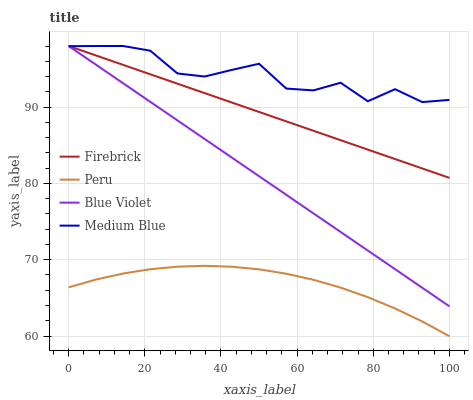
| xaxis_label | Firebrick | Peru | Blue Violet | Medium Blue |
 | --- | --- | --- | --- | --- |
 | 0 | 98 | 66.4 | 98 | 98 |
 | 7.14 | 96.8 | 67.4 | 95.6 | 98 |
 | 14.3 | 95.5 | 68.2 | 93.1 | 98 |
 | 21.4 | 94.3 | 68.8 | 90.7 | 97.4 |
 | 28.6 | 93.1 | 69.1 | 88.3 | 94.4 |
 | 35.7 | 91.8 | 69.2 | 85.8 | 94 |
 | 42.9 | 90.6 | 69.1 | 83.4 | 94.9 |
 | 50 | 89.4 | 68.7 | 80.9 | 95.7 |
 | 57.1 | 88.1 | 68.2 | 78.5 | 92.4 |
 | 64.3 | 86.9 | 67.4 | 76.1 | 92.2 |
 | 71.4 | 85.7 | 66.3 | 73.6 | 93.2 |
 | 78.6 | 84.4 | 65.1 | 71.2 | 90.8 |
 | 85.7 | 83.2 | 63.6 | 68.8 | 92.3 |
 | 92.9 | 82 | 61.9 | 66.3 | 90.7 |
 | 100 | 80.7 | 60 | 63.9 | 90.9 |